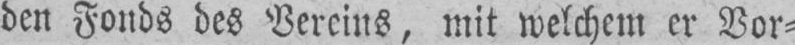
den Fonds des Vereins, mit welchem er Vor⸗